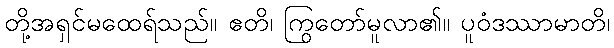
တို့အရှင်မထေရ်သည်။ ဧတိ၊ ကြွတော်မူလာ၏။ ပူဝံဒဿာမာတိ၊